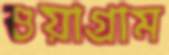
শুয়াগ্রাম